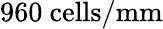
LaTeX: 960~\mathrm{cells}/\mathrm{mm}